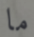
ما